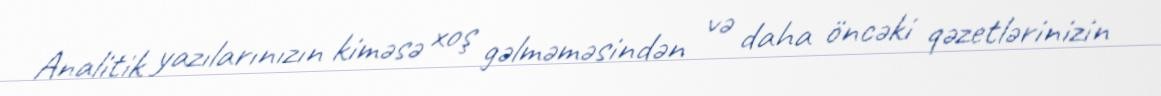
Analitik yazılarınızın kiməsə xoş gəlməməsindən və daha öncəki qəzetlərinizin